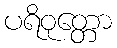
ပရိဝုတ္တော